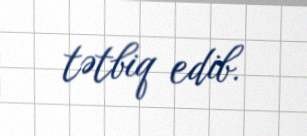
tətbiq edib.